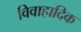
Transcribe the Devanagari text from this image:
विवाहादिक